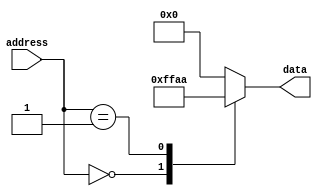
module otp_rom(
    input wire [7:0] address,
    output reg [7:0] data
);

// Memory initialization with the OTP data
// Memory data can be initialized here based on the project requirements

always @(*) begin
    case(address)
        // Each case in the case statement represents the memory block with the corresponding data
        8'b00000000: data = 8'hFF; // Example data for address 0x00
        8'b00000001: data = 8'hAA; // Example data for address 0x01
        // Add more cases for additional memory blocks if needed
        default: data = 8'h00; // Default data output if address is not specified
    endcase
end

endmodule